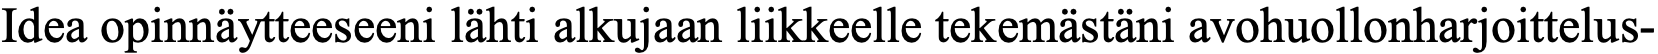
Idea opinnäytteeseeni lähti alkujaan liikkeelle tekemästäni avohuollonharjoittelus-